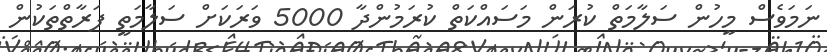
ނަމަވެސް މީހުން ސަލާމަތް ކުރަން މަސައްކަތް ކުރަމުންދާ 5000 ވަރަކަށް ސަލާމަތީ ފަރާތްތަކުން